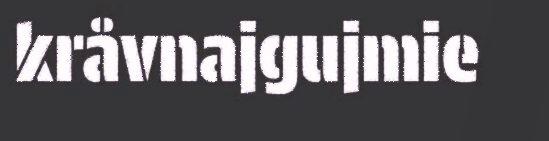
kråvnajgujmie